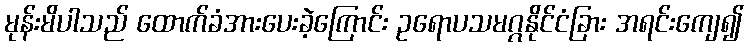
မုန်းမိပါသည် ထောက်ခံအားပေးခဲ့ကြောင်း ဥရောပသမဂ္ဂနိုင်ငံခြား အရင်းကျေ၍